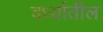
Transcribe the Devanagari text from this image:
वर्ध्यातील